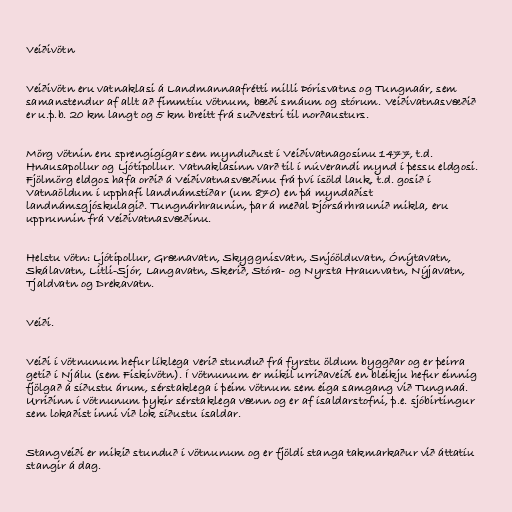
Veiðivötn

Veiðivötn eru vatnaklasi á Landmannaafrétti milli Þórisvatns og Tungnaár, sem
samanstendur af allt að fimmtíu vötnum, bæði smáum og stórum. Veiðivatnasvæðið
er u.þ.b. 20 km langt og 5 km breitt frá suðvestri til norðausturs.

Mörg vötnin eru sprengigígar sem mynduðust í Veiðivatnagosinu 1477, t.d.
Hnausapollur og Ljótipollur. Vatnaklasinn varð til í núverandi mynd í þessu eldgosi.
Fjölmörg eldgos hafa orðið á Veiðivatnasvæðinu frá því ísöld lauk, t.d. gosið í
Vatnaöldum í upphafi landnámstíðar (um 870) en þá myndaðist
landnámsgjóskulagið. Tungnárhraunin, þar á meðal Þjórsárhraunið mikla, eru
upprunnin frá Veiðivatnasvæðinu.

Helstu vötn: Ljótipollur, Grænavatn, Skyggnisvatn, Snjóölduvatn, Ónýtavatn,
Skálavatn, Litli-Sjór, Langavatn, Skerið, Stóra- og Nyrsta Hraunvatn, Nýjavatn,
Tjaldvatn og Drekavatn.

Veiði.

Veiði í vötnunum hefur líklega verið stunduð frá fyrstu öldum byggðar og er þeirra
getið í Njálu (sem Fiskivötn). Í vötnunum er mikil urriðaveiði en bleikju hefur einnig
fjölgað á síðustu árum, sérstaklega í þeim vötnum sem eiga samgang við Tungnaá.
Urriðinn í vötnunum þykir sérstaklega vænn og er af ísaldarstofni, þ.e. sjóbirtingur
sem lokaðist inni við lok síðustu ísaldar.

Stangveiði er mikið stunduð í vötnunum og er fjöldi stanga takmarkaður við áttatíu
stangir á dag.